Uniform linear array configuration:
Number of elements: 32
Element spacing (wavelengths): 0.5
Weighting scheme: kaiser
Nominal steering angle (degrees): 30
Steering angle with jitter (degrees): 29.127
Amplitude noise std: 0.05
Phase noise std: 0.05

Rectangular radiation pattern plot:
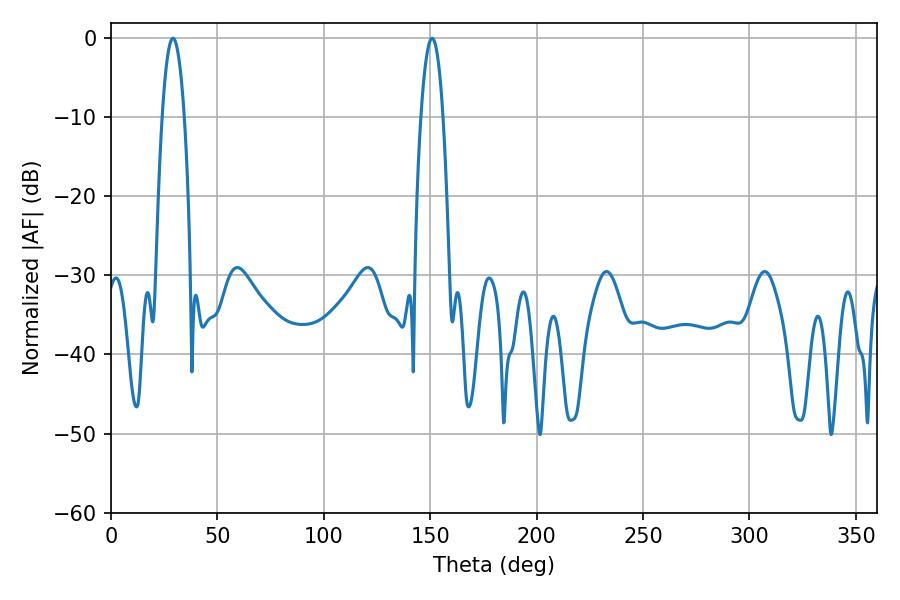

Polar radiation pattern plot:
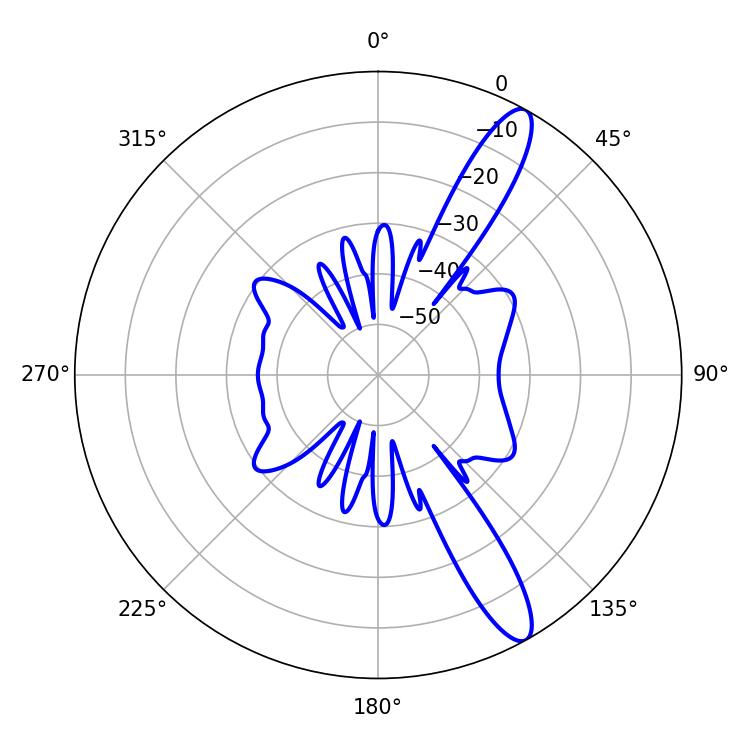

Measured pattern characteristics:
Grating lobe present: FALSE
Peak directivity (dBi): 12.784
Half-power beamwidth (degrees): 5.76
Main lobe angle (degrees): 29.16